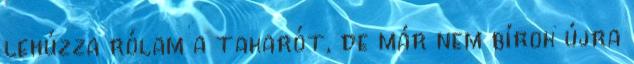
lehúzza rólam a takarót, de már nem bírok újra